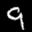
Label: 9